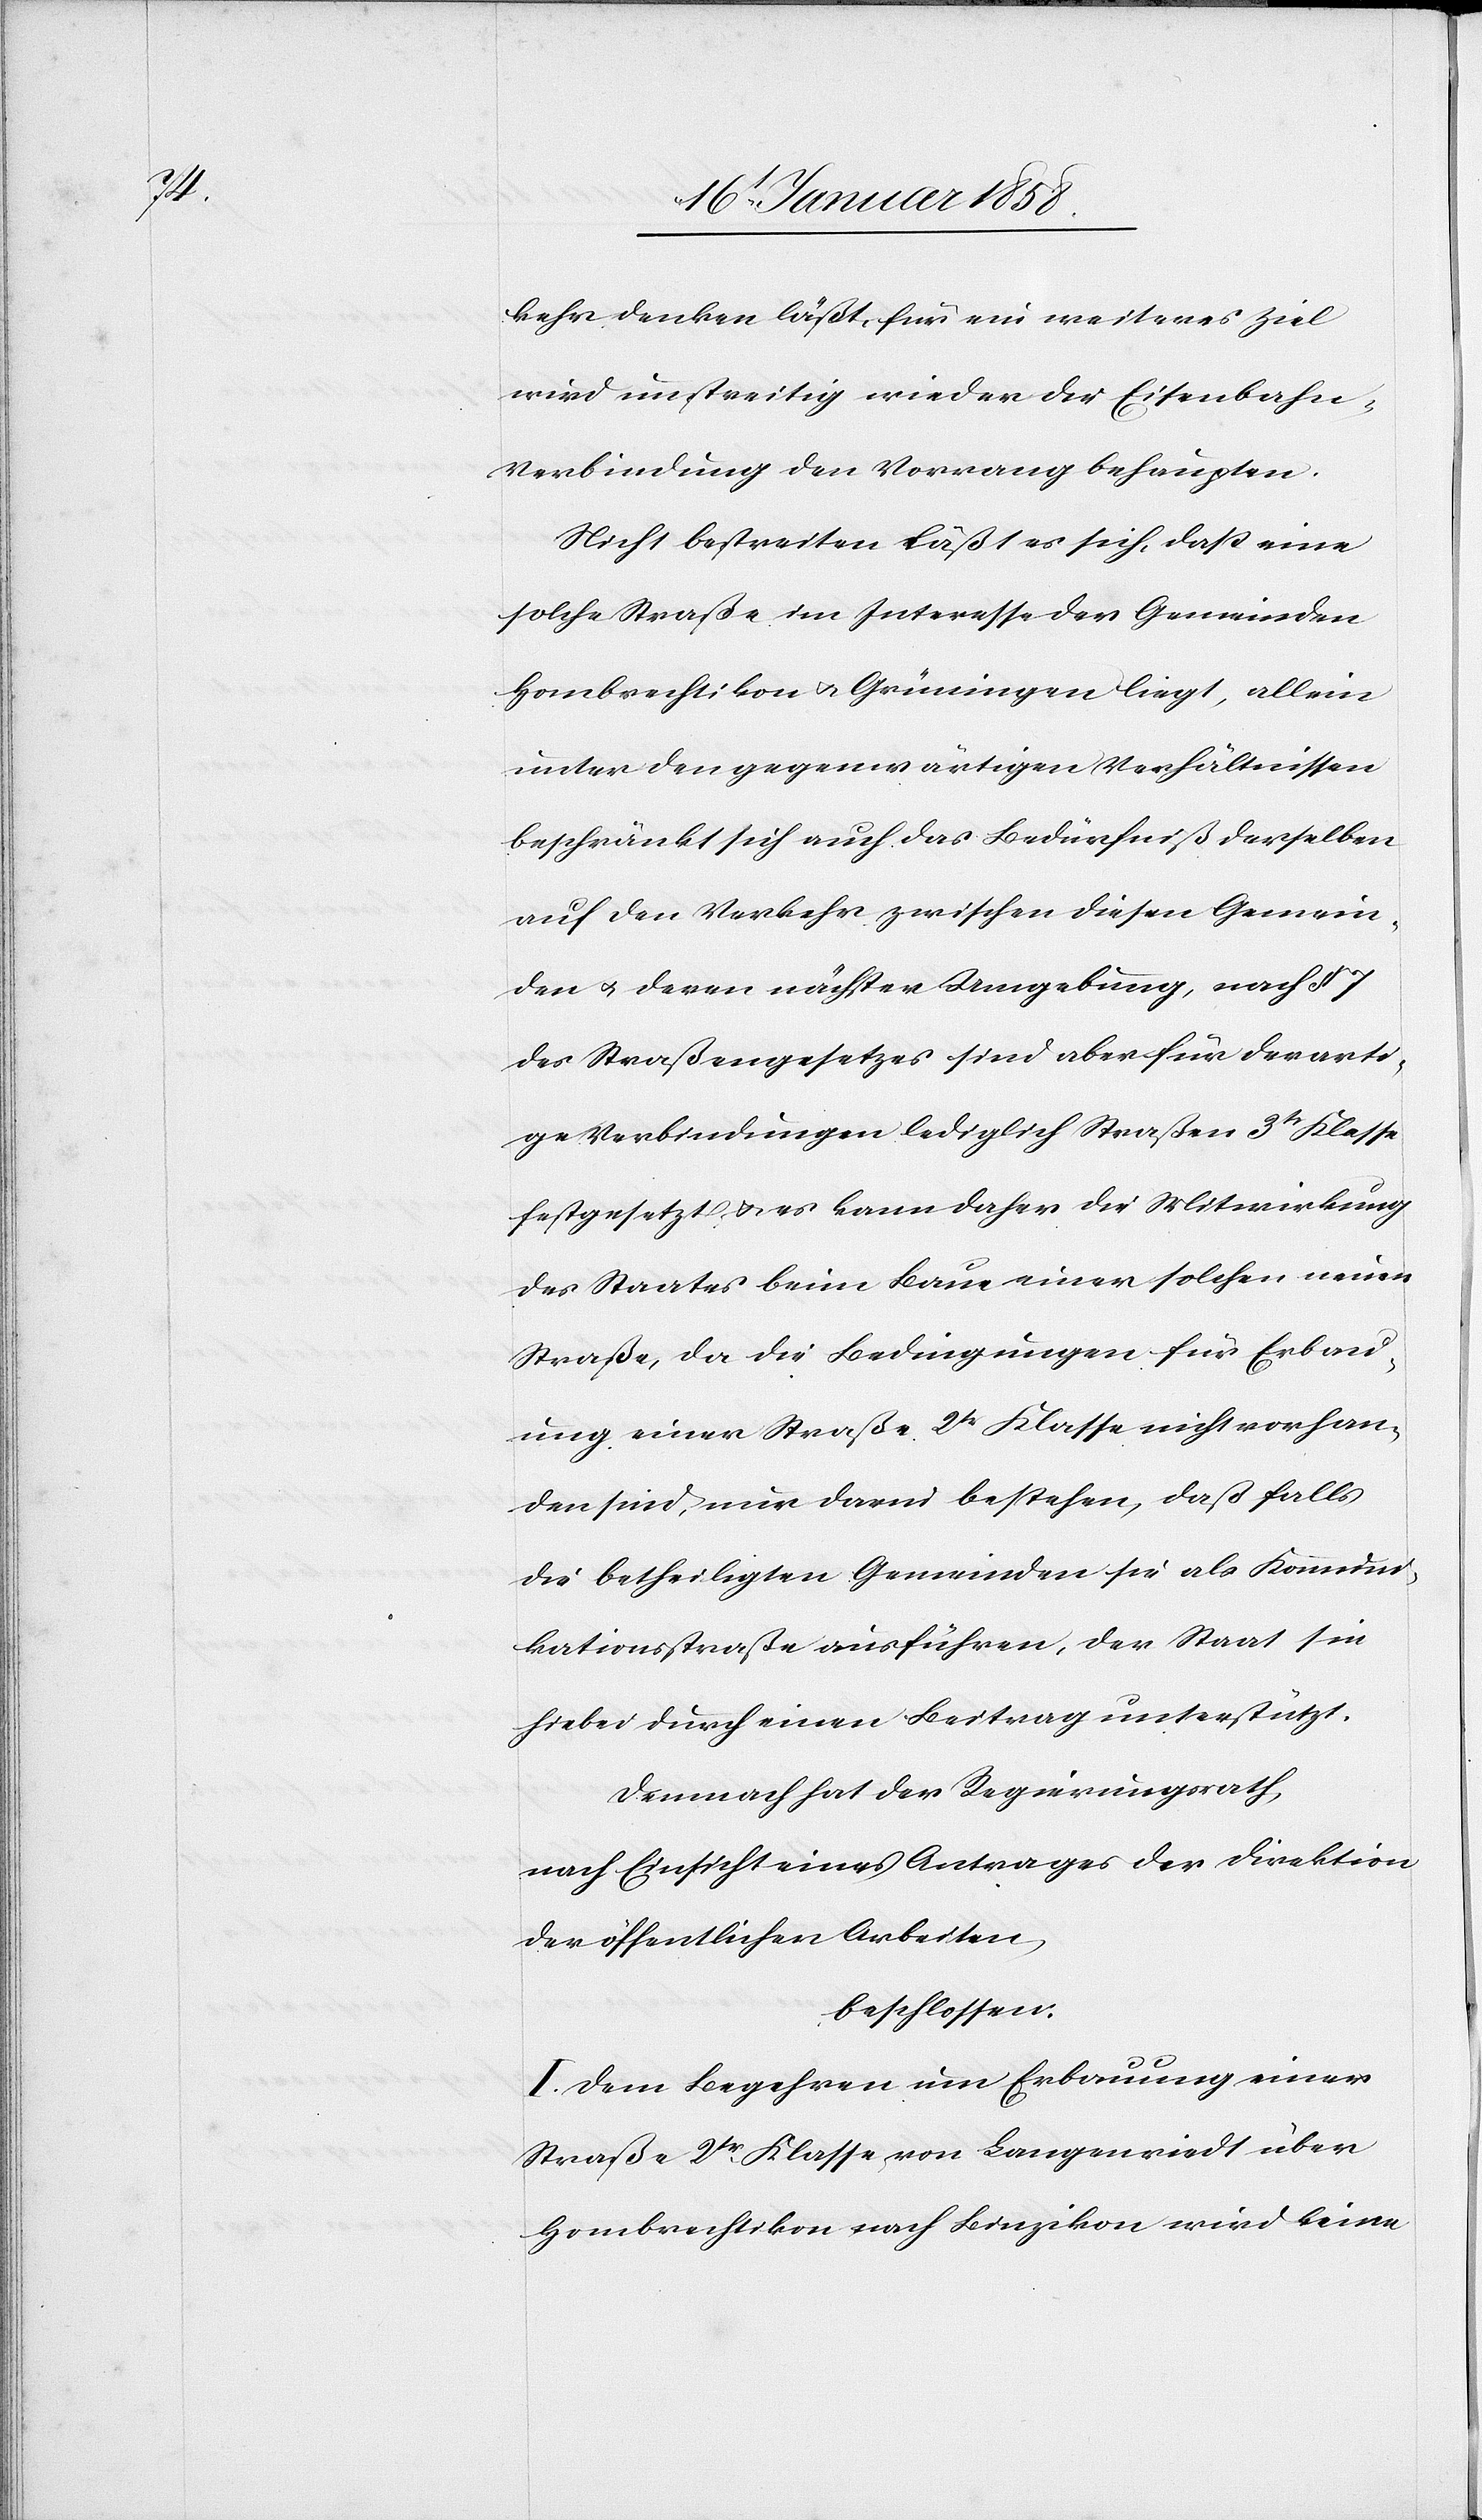
kehr denken läßt, für ein weiteres Ziel
wird unstreitig wieder die Eisenbahn-V¬
erbindung den Vorrang behaupten.
Nicht bestreiten läßt es sich, daß eine
solche Straße im Interesse der Gemeinden
Hombrechtikon u. Grüningen liegt, allein
unter den gegenwärtigen Verhältnissen
beschränkt sich auch das Bedürfniß derselben
auf den Verkehr zwischen diesen Gemein¬
den u. deren nächster Umgebung, nach § 7
des Straßengesetzes sind aber für derarti¬
ge Verbindungen lediglich Straßen 3tr Klasse
festgesetzt u. es kann daher die Mitwirkung
des Staates beim Baue einer solchen neuen
Straße, da die Bedingungen für Erbau¬
ung einer Straße 2tr Klasse nicht vorhan¬
den sind, nur darin bestehen, daß falls
die betheiligten Gemeinden sie als Kommuni¬
kationsstraße ausführen, der Staat sie
hiebei durch einen Beitrag unterstützt.
Demnach hat der Regierungsrath,
nach Einsicht eines Antrages der Direktion
der öffentlichen Arbeiten
beschlossen:
I. Dem Begehren um Erbauung einer
Straße 2tr. Klasse von Langenriedt über
Hombrechtikon nach Binzikon wird keine